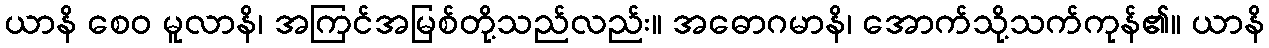
ယာနိ စေဝ မူလာနိ၊ အကြင်အမြစ်တို့သည်လည်း။ အဓောဂမာနိ၊ အောက်သို့သက်ကုန်၏။ ယာနိ